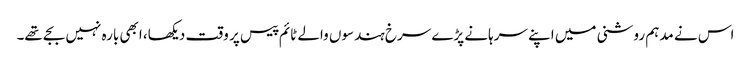
اس نے مدہم روشنی میں اپنے سرہانے پڑے سرخ ہندسوں والے ٹائم پیس پر وقت دیکھا، ابھی بارہ نہیں بجے تھے۔